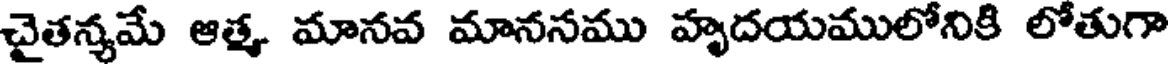
చైతన్యమే ఆత్మ మానవ మాననము హృదయములోనికి లోతుగా